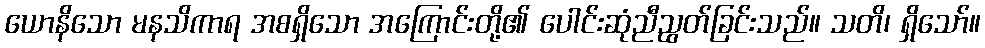
ယောနိသော မနသိကာရ အစရှိသော အကြောင်းတို့၏ ပေါင်းဆုံညီညွတ်ခြင်းသည်။ သတိ၊ ရှိသော်။